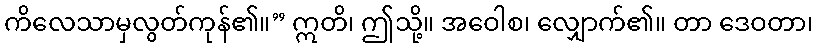
ကိလေသာမှလွတ်ကုန်၏။” ဣတိ၊ ဤသို့။ အဝေါစ၊ လျှောက်၏။ တာ ဒေဝတာ၊